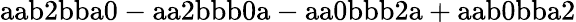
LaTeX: \mathrm{aab2bba0-aa2bbb0a-aa0bbb2a+aab0bba2}